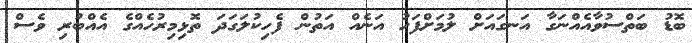
ބޮޑު ބަތްސުވާއެއްނަގާ އަނގައަށް ލުމަށްފަހު އަނެއް އަތުން ފެހިކުލަގަދަ ތޮޅިމިރުހެއްގެ އެއްބުރި ވެސް